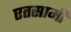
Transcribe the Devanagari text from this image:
एतसामी